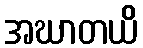
အဃာတယိ